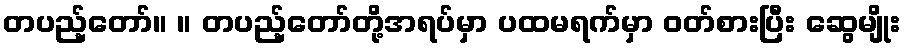
တပည့်တော်။ ။ တပည့်တော်တို့အရပ်မှာ ပထမရက်မှာ ဝတ်စားပြီး ဆွေမျိုး